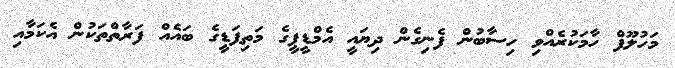
މަހުލޫފް ހާމަކުރެއްވި ހިސާބުން ފެނިގެން ދިޔައީ އެމްޑީޕީގެ މަތިފަޑީގެ ބައެއް ފަރާތްތަކުން އެކަމާއި